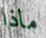
ماذا